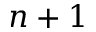
n + 1